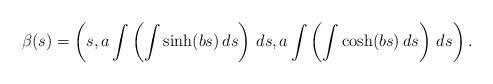
LaTeX: \begin{align*}\beta (s)=\left( s,a\int \left( \int \sinh (bs)\,ds\right) \,ds,a\int \left( \int\cosh (bs)\,ds\right) \,ds\right).\end{align*}